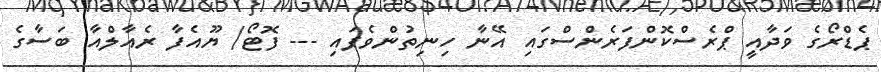
ޕެޑްރޯގެ ވަދާއީ ޕްރެސްކޮންފަރެންސްގައި އޭނާ ހިނިތުންވެފައި --- ފޮޓޯ/ ޔޫއެފާ ރެއާލްއާ ބަސާގެ